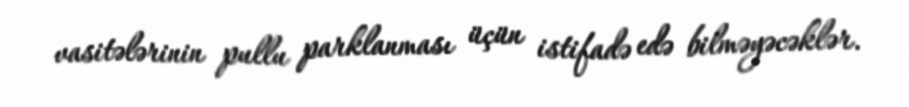
vasitələrinin pullu parklanması üçün istifadə edə bilməyəcəklər.